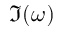
\Im ( \omega )